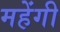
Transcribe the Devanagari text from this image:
महेंगी